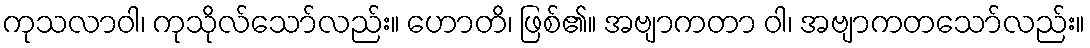
ကုသလာဝါ၊ ကုသိုလ်သော်လည်း။ ဟောတိ၊ ဖြစ်၏။ အဗျာကတာ ဝါ၊ အဗျာကတသော်လည်း။